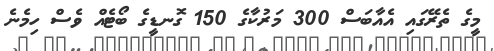
މީގެ ތެރޭގައި އެއާބަސް 300 މަރުކާގެ 150 ގޮނޑީގެ ބޯޓެއް ވެސް ހިމެނެ